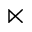
\ltimes